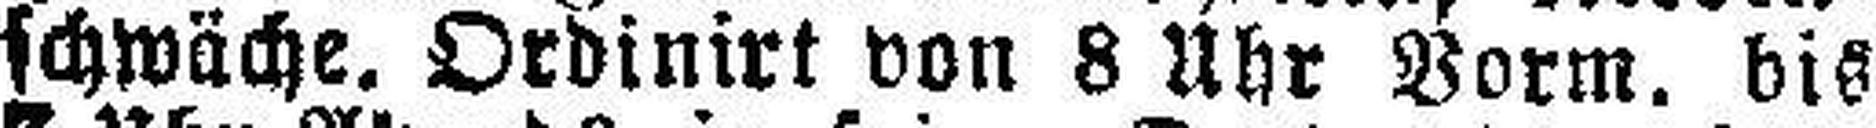
schwäche. Ordinirt von 8 Uhr Vorm. bis